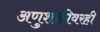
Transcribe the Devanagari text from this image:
अणुशक्तीवरही